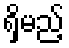
ရှိမည့်